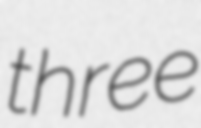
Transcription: three